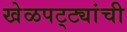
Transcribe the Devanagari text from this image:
खेळपट्ट्यांची